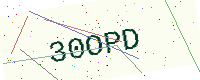
Text: 30OPD